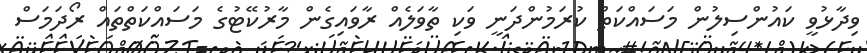
ވިދާޅުވީ ކައުންސިލުން މަސައްކަތް ކުރަމުންދަނީ ވަކި ތާވަލެއް ރާވައިގެން މާރުކޭޓުގެ މަސައްކަތްތައް ރޯދަމަސް